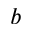
b